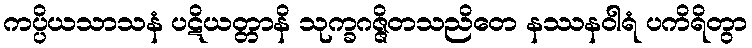
ကပ္ပိယသာသနံ ပဋိယတ္တာနိ သုက္ခဂဇ္ဇိတသညိတေ နဿနဝါရံ ပကိရိတွာ